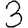
Digit: 3